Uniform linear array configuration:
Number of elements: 32
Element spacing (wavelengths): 0.25
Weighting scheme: kaiser
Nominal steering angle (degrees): -60
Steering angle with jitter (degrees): -59.514
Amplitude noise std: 0.05
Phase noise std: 0.05

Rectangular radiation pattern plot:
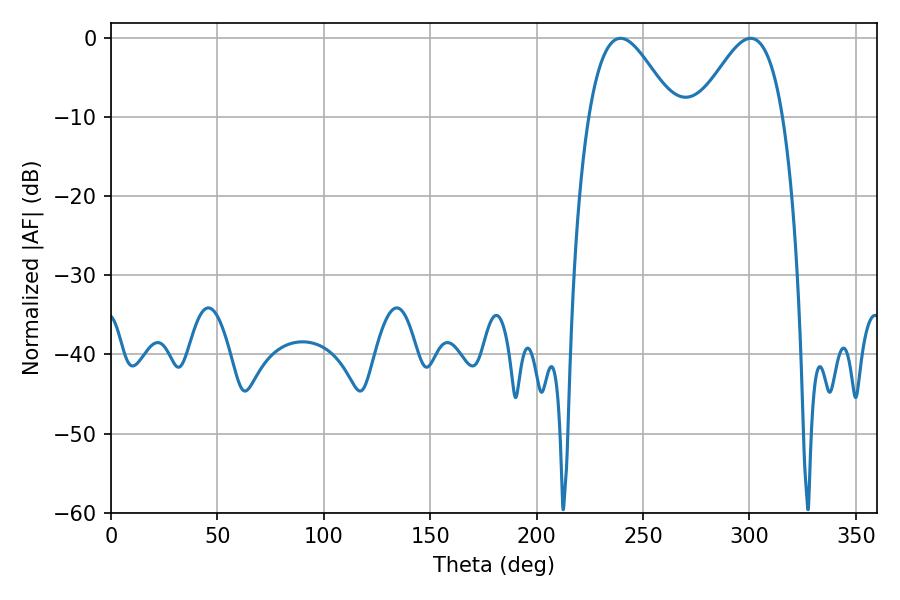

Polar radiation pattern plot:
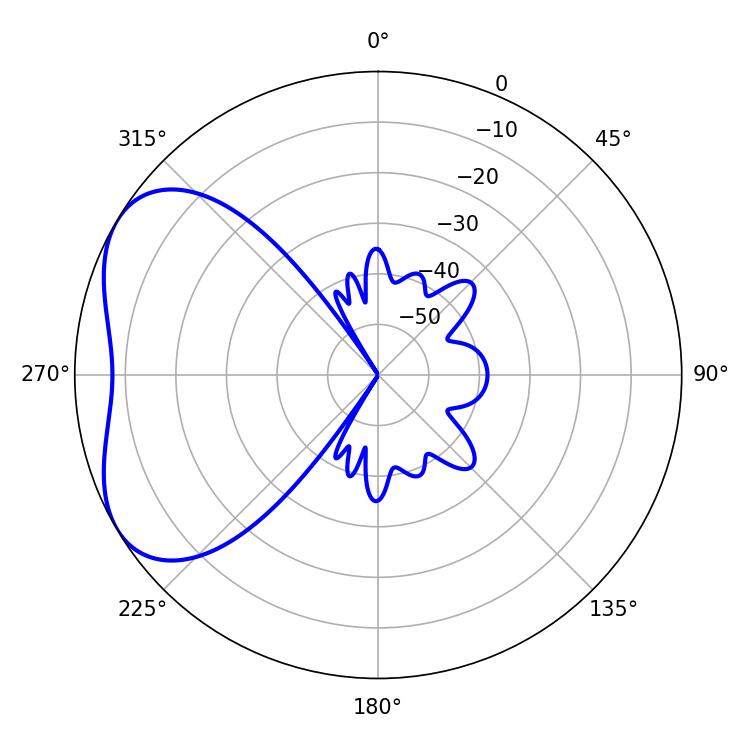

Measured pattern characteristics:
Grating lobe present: FALSE
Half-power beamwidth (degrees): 21.6
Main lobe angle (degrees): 239.4